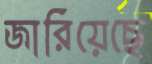
জারিয়েছে